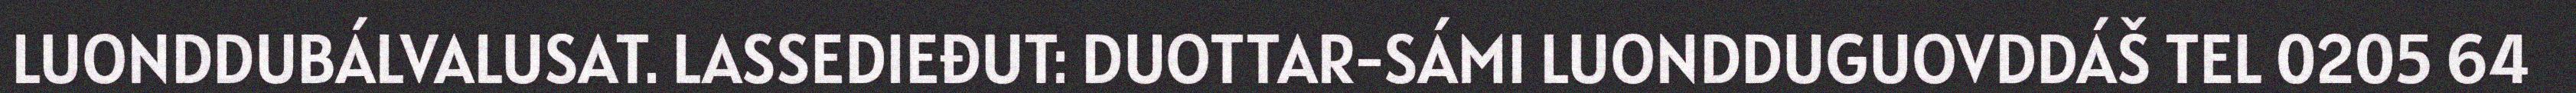
LUONDDUBÁLVALUSAT. LASSEDIEĐUT: DUOTTAR-SÁMI LUONDDUGUOVDDÁŠ TEL 0205 64